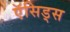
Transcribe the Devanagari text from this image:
ऍसिड्स